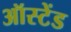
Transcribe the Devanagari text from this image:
ऑस्टेंड